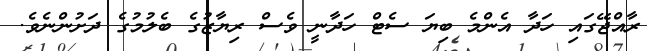
ރާއްޖޭގައި ހަދާ އެންމެ ބިޔަ ސެޓް ހަދާނީ ވެސް ރިޔާޒުގެ ބެލުމުގެ ދަށުންނެވެ.